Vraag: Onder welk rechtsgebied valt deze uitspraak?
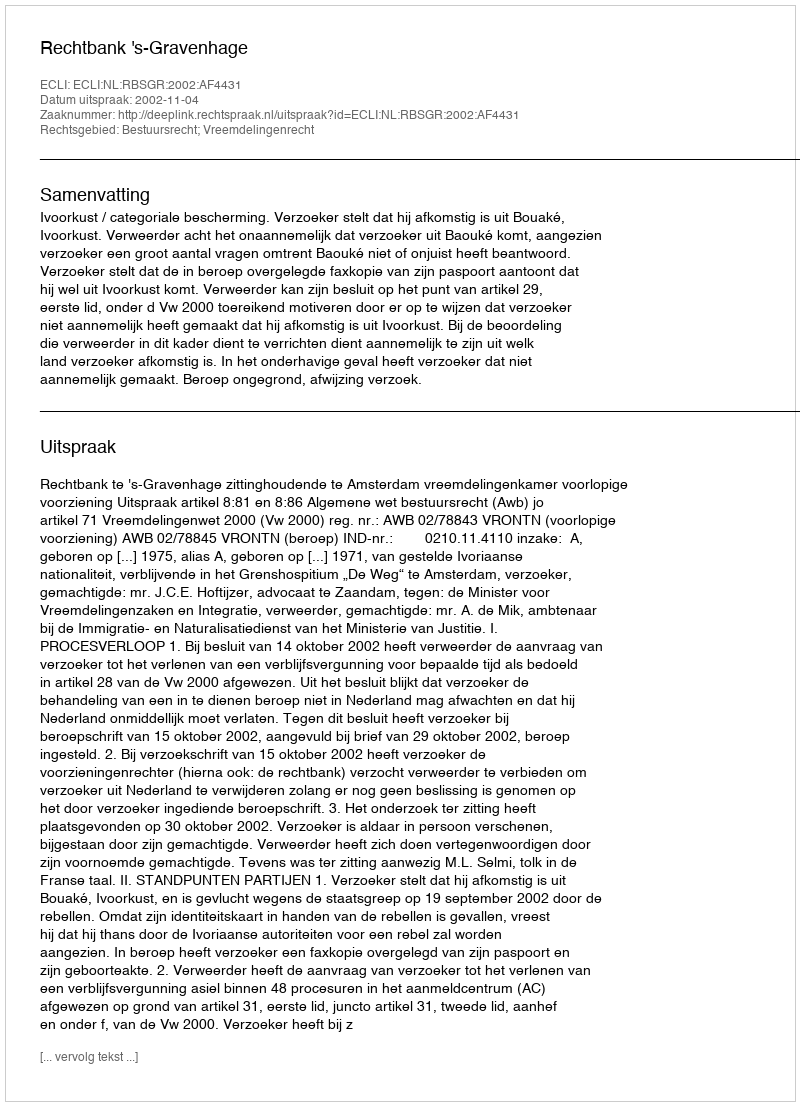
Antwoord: Bestuursrecht; Vreemdelingenrecht